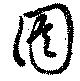
囹